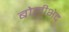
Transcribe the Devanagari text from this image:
बोलीभेद